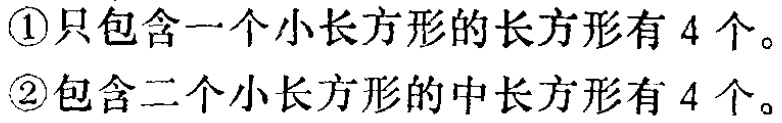
\textcircled{1}只包含一个小长方形的长方形有 \(4\) 个。

\textcircled{2}包含二个小长方形的中长方形有 \(4\) 个。